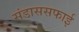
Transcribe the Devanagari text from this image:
संडाससफाई